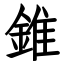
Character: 錐